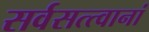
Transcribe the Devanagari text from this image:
सर्वसत्त्वानां